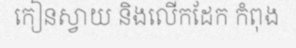
កៀនស្វាយ និងលើកដែក កំពុង